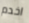
اخدم